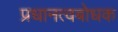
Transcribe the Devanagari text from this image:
प्रधानत्वबोधक